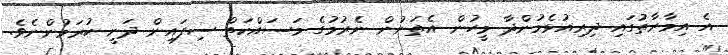
އެ އިމާރާތުގައި ދިރިއުޅެމުންދާ މީހުން އެތަނުން ނެރުމުގެ މަސައްކަތް ސިފައިން ދަނީ ކުރަމުންނެވެ.